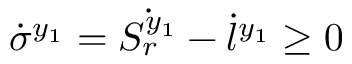
\dot { \sigma } ^ { y _ { 1 } } = \dot { S _ { r } ^ { y _ { 1 } } } - \dot { l } ^ { y _ { 1 } } \geq 0